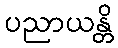
ပညာယန္တိ